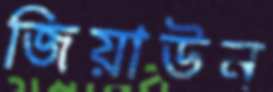
জিয়াউন